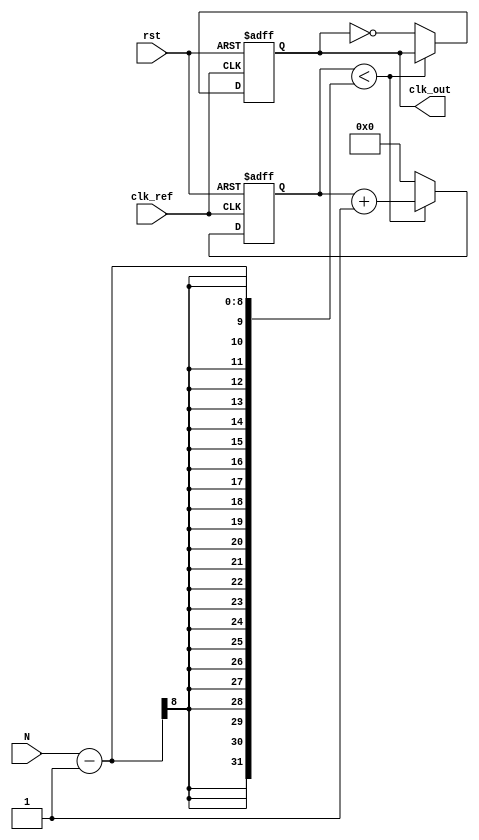
module integer_n_pll(
    input wire clk_ref,         // Reference clock input
    input wire rst,            // Reset signal
    input wire [7:0] N,        // Division factor
    output reg clk_out         // Output clock
);

// Internal signals
reg [15:0] phase_ref;         // Phase of reference signal
reg [15:0] phase_feedback;    // Phase of feedback signal
reg signed [15:0] error_signal; // Error signal from PD
reg [15:0] control_voltage;    // Control voltage for VCO
reg [15:0] vco_output;         // Output frequency from VCO
reg [31:0] divider_count;      // Counter for frequency division
reg [31:0] counter;            // General purpose counter

// Phase Detector
always @(posedge clk_ref or posedge rst) begin
    if (rst) begin
        phase_ref <= 0;
        phase_feedback <= 0;
        error_signal <= 0;
    end else begin
        phase_ref <= phase_ref + 1; // Increment reference phase
        // Phase feedback would come from a phase detection logic
        phase_feedback <= vco_output[15:0]; // Assume vco_output carries phase info
        error_signal <= phase_ref - phase_feedback; // Phase error
    end
end

// Loop Filter (Simple Integrator)
always @(posedge clk_ref or posedge rst) begin
    if (rst) begin
        control_voltage <= 0;
    end else begin
        control_voltage <= control_voltage + error_signal; // Integrate error signal
    end
end

// Voltage Controlled Oscillator (VCO)
always @(posedge clk_ref or posedge rst) begin
    if (rst) begin
        vco_output <= 0;
    end else begin
        vco_output <= control_voltage; // VCO output is proportional to control voltage
        // This would actually be a frequency output logic
    end
end

// Frequency Divider
always @(posedge clk_ref or posedge rst) begin
    if (rst) begin
        divider_count <= 0;
        counter <= 0;
        clk_out <= 0;
    end else begin
        if (counter < (N - 1)) begin
            counter <= counter + 1;
        end else begin
            clk_out <= ~clk_out; // Toggle output clock
            counter <= 0; // Reset counter after N
        end
    end
end

endmodule